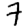
Digit: 7